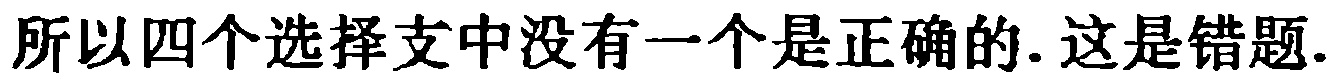
所以四个选择支中没有一个是正确的. 这是错题.